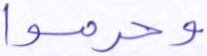
وحرموا